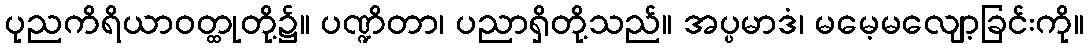
ပုညကိရိယာဝတ္ထုတို့၌။ ပဏ္ဍိတာ၊ ပညာရှိတို့သည်။ အပ္ပမာဒံ၊ မမေ့မလျော့ခြင်းကို။